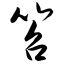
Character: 笤